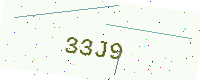
Text: 33J9